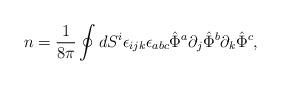
LaTeX: \begin{align*}n=\frac{1}{8\pi}\oint dS^i\epsilon_{ijk}\epsilon_{abc}\hat{\Phi}^a\partial_j \hat{\Phi}^b \partial_k \hat{\Phi}^c , \end{align*}